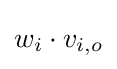
w_{i}\cdot v_{i,o}